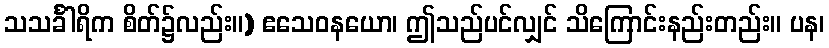
သသင်္ခါရိက စိတ်၌လည်း။) ဧသေဝနယော၊ ဤသည်ပင်လျှင် သိကြောင်းနည်းတည်း။ ပန၊